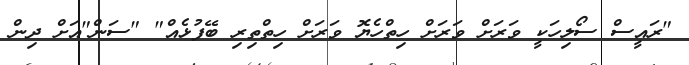
"ރައީސް ސޯލިހަކީ ވަރަށް ވަރަށް ހިތްހެޔޮ ވަރަށް ހިތްތިރި ބޭފުޅެއް" "ސަން"އަށް ދިން